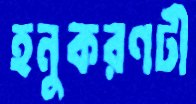
হনুকরণটী